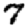
Digit: 7